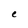
Character: e